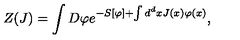
Z ( J ) = \int D \varphi e ^ { - S [ \varphi ] + \int d ^ { d } x J ( x ) \varphi ( x ) } ,